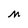
Character: M